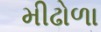
મીઢોળા